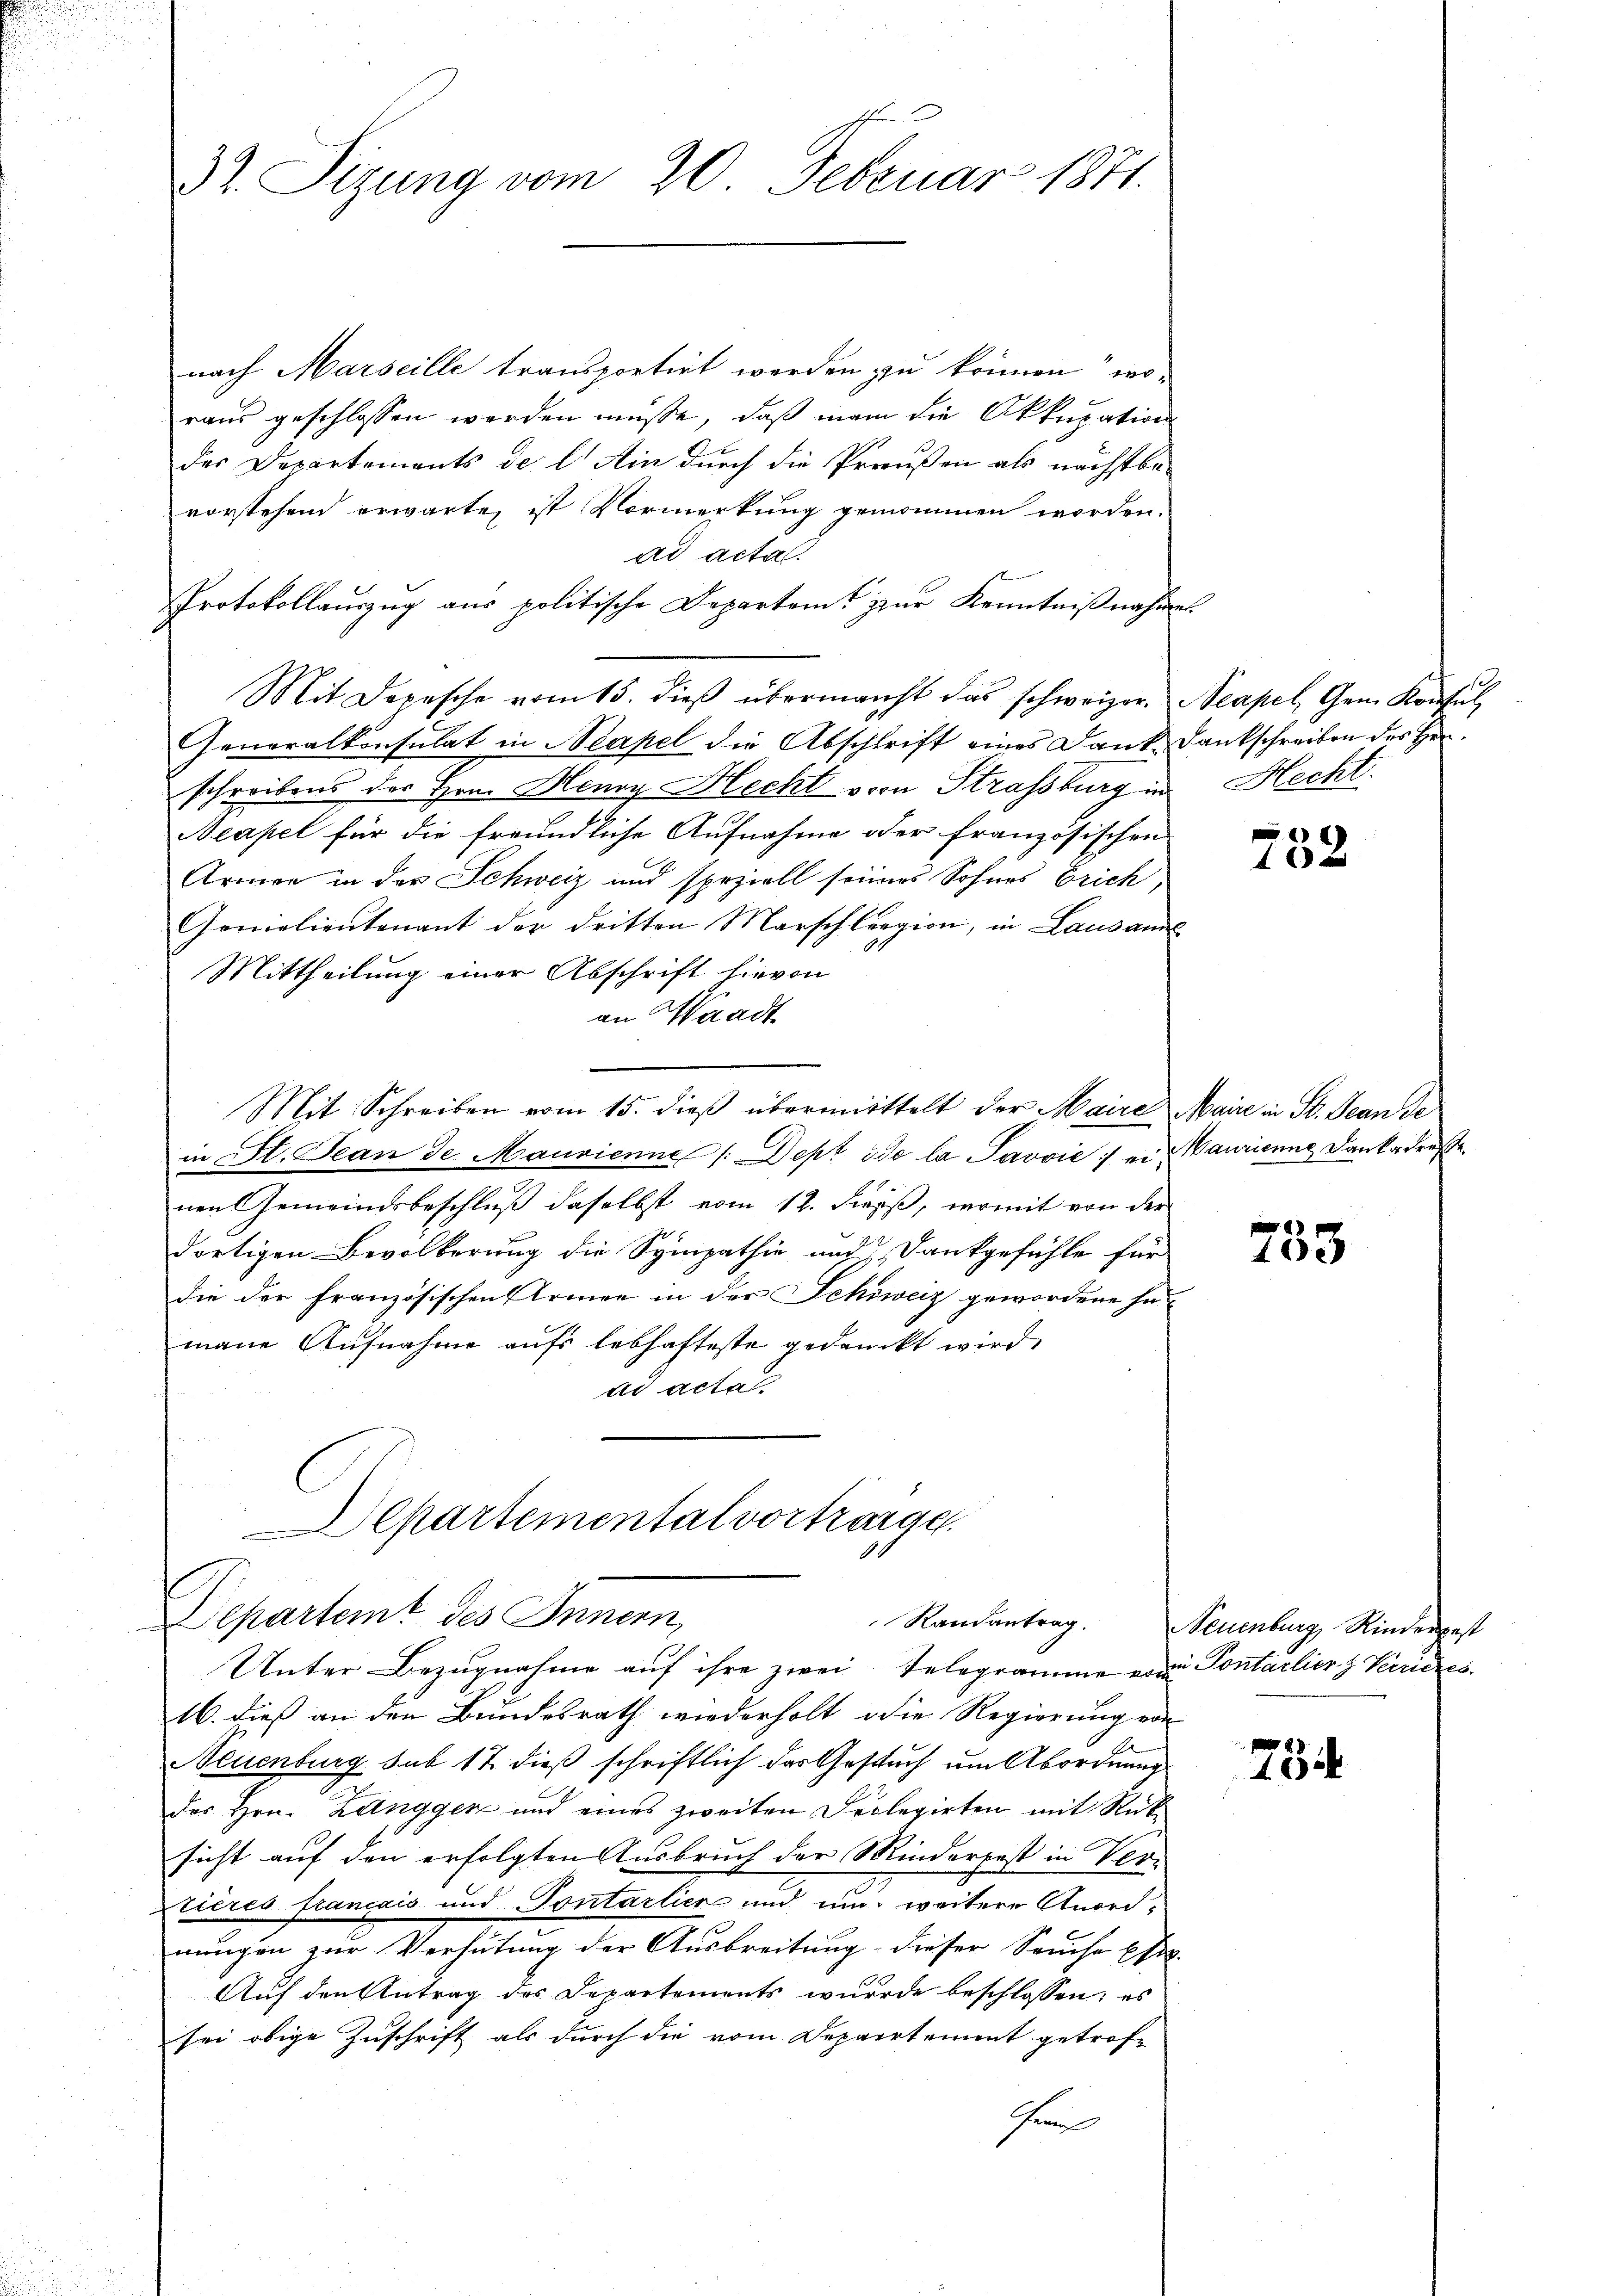
3t. Sizung vom 20. Februar 1871.

nach Marseille transportirt werden zu können, woraus geschlossen werden müsse, daß man die Akkupation
des Departements de l. Ain durch die Preußen als nächstbevorstehend erwarte, ist Vormerkung genommen worden.
ad actal.
Protokollauszug aus politische Departem zur Kenntnißnahme
Mit Depesche vom 15. dieβ übermacht das schweizer. Neapel, Gem. Konsul
Generalkonsulat in Neapel die Abschrift eines Dank, Dankschreiben des Her
schreibens des Hrn. Henry Hecht von Strassburg in Hecht.
Neapel für die freundliche Aufnahme oder französischen
Armen in der Schweiz und speziell seines Sohnes Erich,
Genialientenant der dritten Marschleegion, in Lausann
Mittheilung einer Abschrift hievon
an Waadt
Mit Schreiben vom 15. dieß übermittelt der Maire Maire in St. Jean de
in St. Jean de Maurienne (Dept de la Javvić ein Maurienne Dankadre
nen Gemeindsbeschluß daselbst vom 12. dieß, womit von der
dortigen Bevölkerung die Sympathie und Dankgefühle für
die der französischen Armen in der Schweiz gewordene ha
mane Aufnahme aufs lebhafteste gedanckt wird
ad acta
epartemental vorträge.
4

Departeit des Innern,
Randantrag.
Unter Bezugnahme auf ihre zwei Telegramme von Pontarlier z Vrie

16. dieß an den Bundesrath wiederholt, die Regierung von
Neuenburg sub 17 dieß schriftlich das Gesuch um Abordnung
des Hrn. Zanggen und eines zweiten Seclegirten mit Rück-
sicht auf den erfolgten Ausbruch der Minderpest in Ver-
tières français und Tontarlier und um weitere Anord-
nungen zur Verhütung der Ausbreitung dieser Seuche phil.
Auf den Antrag des Departements wurde beschlossen: es
sei obige Zuschrift als durch die vom Departement getrof¬
Gr

d
 xx

103

Neuenburg, Rinder

734

.

sonst
k